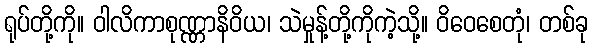
ရုပ်တို့ကို။ ဝါလိကာစုဏ္ဏာနိဝိယ၊ သဲမှုန့်တို့ကိုကဲ့သို့။ ဝိဝေစေတုံ၊ တစ်ခု